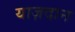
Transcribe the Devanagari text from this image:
याज़दान